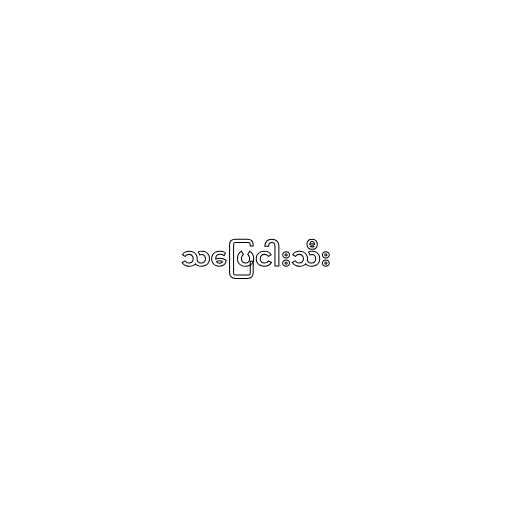
သပြေငါးသီး